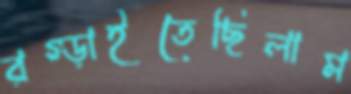
রগ্‌ড়াইতেছিলাম